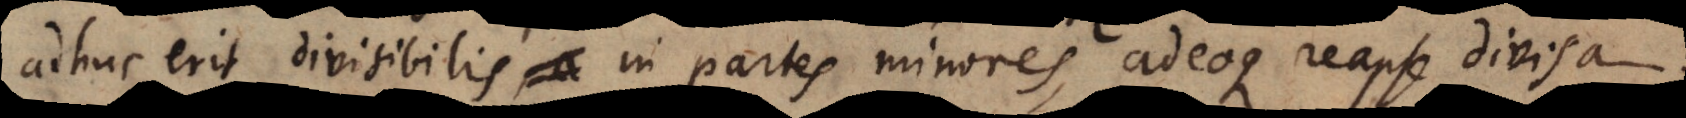
adhuc erit divisibilis in partes minores, adeoque reapse divis